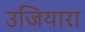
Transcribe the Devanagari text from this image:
उजियारा